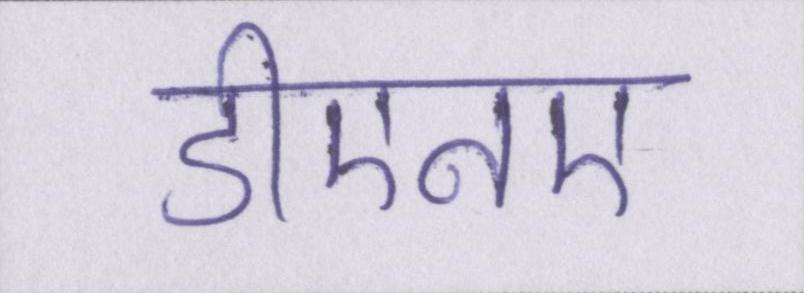
डीएनए